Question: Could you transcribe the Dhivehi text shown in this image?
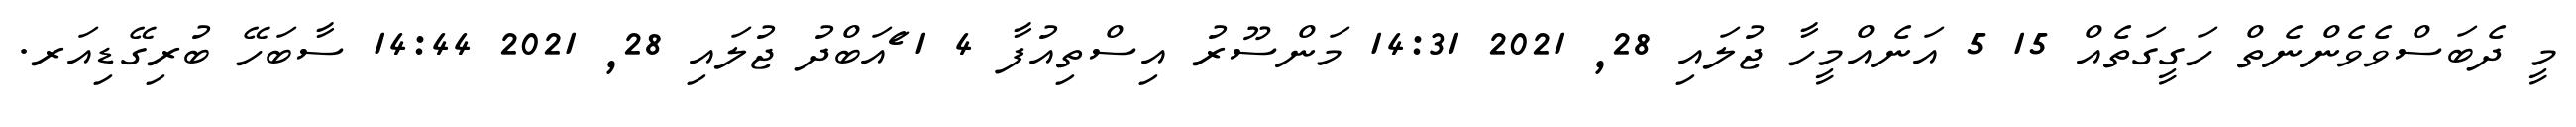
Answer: މީ ދެބަސްވެވެންނެތް ހަގީގަތެއް 15 5 އަނެއްމީހާ ޖުލައި 28, 2021 14:31 މަންސޫރު އިސްތިއުފާ 4 1 ެައަބްދު ޖުލައި 28, 2021 14:44 ސާބަހޭ ބުރިގޭޑިއަރ.